Reports on military cantonments and civil stations in the Presidency of Bombay inspected by the Sanitary Commissioner in the years 1875 and 1876
Year: 1875
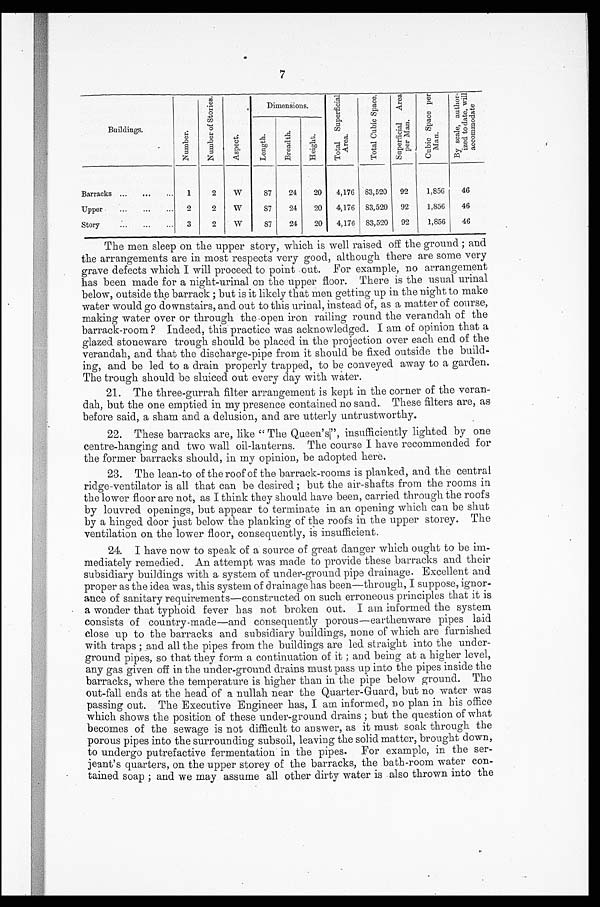
7
Buildings
N u m b e r .
N u m b e r o f S t o r i e s .
A s p e c t .
Dimensions.
T o t a l S u p e r f i c i a l
A r e a .
T o t a l C u b i c S p a c e .
S u p e r f i c i a l A r e a
p e r M a n .
C u b i c S p a c e p e r
M a n .
B y s c a l e , a u t h o r -
i z e d t o d a t e , w i l l
a c c o mmo d a t e
L e n g t h .
B r e a d t h .
H e i g h t .
x
Barracks ...
...
...
1
2
W
87
24
20
4,176 83,520
92
1,856
46
Upper
.
...
.
2
2
W
8 7 24
20
4,176 83,520
92
1,856
46
Story
....
...
. . .
3
2
W
87
24
20
4,176 83,520
92
1,856
46
The men sleep on the upper story, which is well raised off the ground ; and
the arrangements are in most respects very good, although there are some very
grave defects which I will proceed to point out. For example, no arrangement
has been made for a night-urinal en the upper floor. There is the usual urinal
below, outside the barrack ; but is it likely that men getting up in the night to make
water would go downstairs, and out to this urinal, instead of, as a matter of course,
making water over or through the open iron railing round the verandah of the
barrack-room ? Indeed, this practice was acknowledged. I am of opinion that a
glazed stoneware trough should be placed in the projection over each end of the
verandah, and that the discharge-pipe from it should be fixed outside the build-
ing, and be led to a drain properly trapped, to be conveyed away to a garden.
The trough should be sluiced out every day with water.
21.
The three-gurrah filter arrangement is kept in the corner of the veran-
dah, but the one emptied in my presence contained no sand. These filters are, as
before said, a sham and a delusion, and are utterly untrustworthy.
22.
These barracks are, like " The Queen's", insufficiently lighted by one
centre-hanging and two wall oil-lanterns. The course I have recommended for
the former barracks should, in my opinion, be adopted here.
23.
The lean-to of the roof of the barrack-rooms is planked, and the central
ridge-ventilator is all that can be desired ; but the air-shafts from the rooms in
the lower floor are not, as I think they should have been, carried through the roofs
by louvred openings, but appear to terminate in an opening which can be shut
by a hinged door just below the planking of the roofs in the upper storey. The
ventilation on the lower floor, consequently, is insufficient.
24.
I have now to speak of a source of great danger which ought to be im-
mediately remedied. An attempt was made to provide these barracks and their
subsidiary buildings with a system of under-ground pipe drainage. Excellent and
proper as the idea was, this system of drainage has been—through, I suppose, ignor-
ance of sanitary requirements—constructed on such erroneous principles that it is
a wonder that typhoid fever has not broken out. I am informed the system
consists of country-made—and consequently porous--earthenware pipes laid
close up to the barracks and subsidiary buildings, none of which are furnished
with traps ; and all the pipes from the buildings are led straight into the under-
ground pipes, so that they form a continuation of it ; and being at a higher level,
any gas given off in the under-ground drains must pass up into the pipes inside the
barracks, where the temperature is higher than in the pipe below ground. The
out-fall ends at the head of a nullah near the Quarter-Guard, but no water was
passing out. The Executive Engineer has, I am informed, no plan in his office
which shows the position of these under-ground drains ; but the question of what
becomes of the sewage is not difficult to answer, as it must soak through the
porous pipes into the surrounding subsoil, leaving the solid matter, brought down,
to undergo putrefactive fermentation in the pipes. For example, in the ser-
-jeant's quarters, on the upper storey of the barracks, the bath-room water con-
tained soap ; and we may assume all other dirty water is also thrown into the